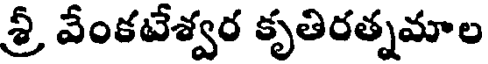
శ్రీ వేంకటేశ్వర కృతిరత్నమాల